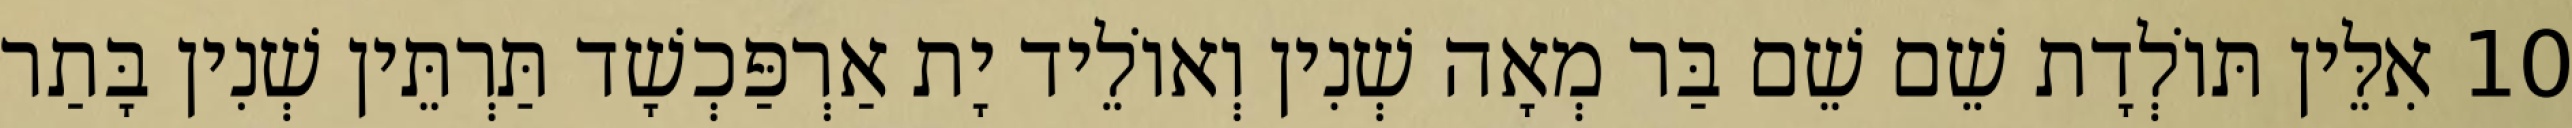
10 אִלֵּין תּוֹלְדָת שֵׁם שֵׁם בַּר מְאָה שְׁנִין וְאוֹלֵיד יָת אַרְפַּכְשָׁד תַּרְתֵּין שְׁנִין בָּתַר